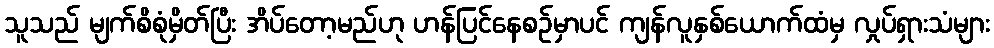
သူသည် မျက်စိစုံမှိတ်ပြီး အိပ်တော့မည်ဟု ဟန်ပြင်နေစဉ်မှာပင် ကျန်လူနှစ်ယောက်ထံမှ လှုပ်ရှားသံများ